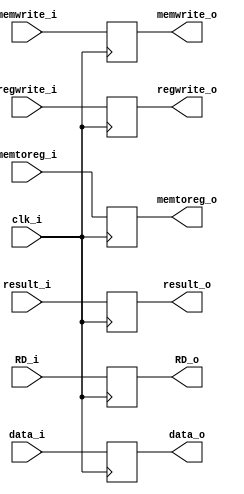
module EX_MEM
(
    clk_i,
    memtoreg_i,
    regwrite_i,
    memwrite_i,
    result_i,
    data_i,
    RD_i,
    memtoreg_o,
    regwrite_o,
    memwrite_o,
    result_o,
    data_o,
    RD_o,
);

input clk_i;

input				memtoreg_i;
input				regwrite_i;
input				memwrite_i;
input [31:0]		result_i;
input [31:0]		data_i;
input [4:0]			RD_i;

output reg 			memtoreg_o; 
output reg			regwrite_o = 0;
output reg			memwrite_o = 0;
output reg [31:0]	result_o;
output reg [31:0]	data_o;
output reg [4:0]	RD_o;

always@(posedge clk_i) begin
    memtoreg_o	<=	memtoreg_i;
    regwrite_o	<=	regwrite_i;
    memwrite_o	<=	memwrite_i;
    result_o	<=	result_i;
    data_o		<=	data_i;
    RD_o		<=	RD_i;
end
endmodule